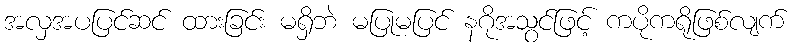
အလှအပပြင်ဆင် ထားခြင်း မရှိဘဲ မပြုမပြင် နဂိုအသွင်ဖြင့် ကပိုကရိုဖြစ်လျက်